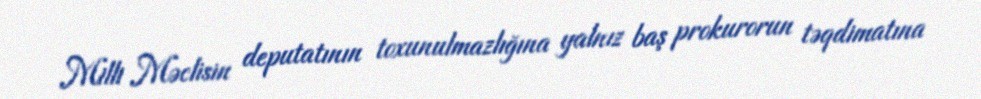
Milli Məclisin deputatının toxunulmazlığına yalnız baş prokurorun təqdimatına